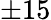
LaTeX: \pm 15